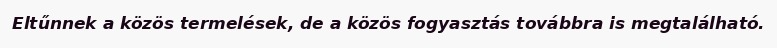
Eltűnnek a közös termelések, de a közös fogyasztás továbbra is megtalálható.